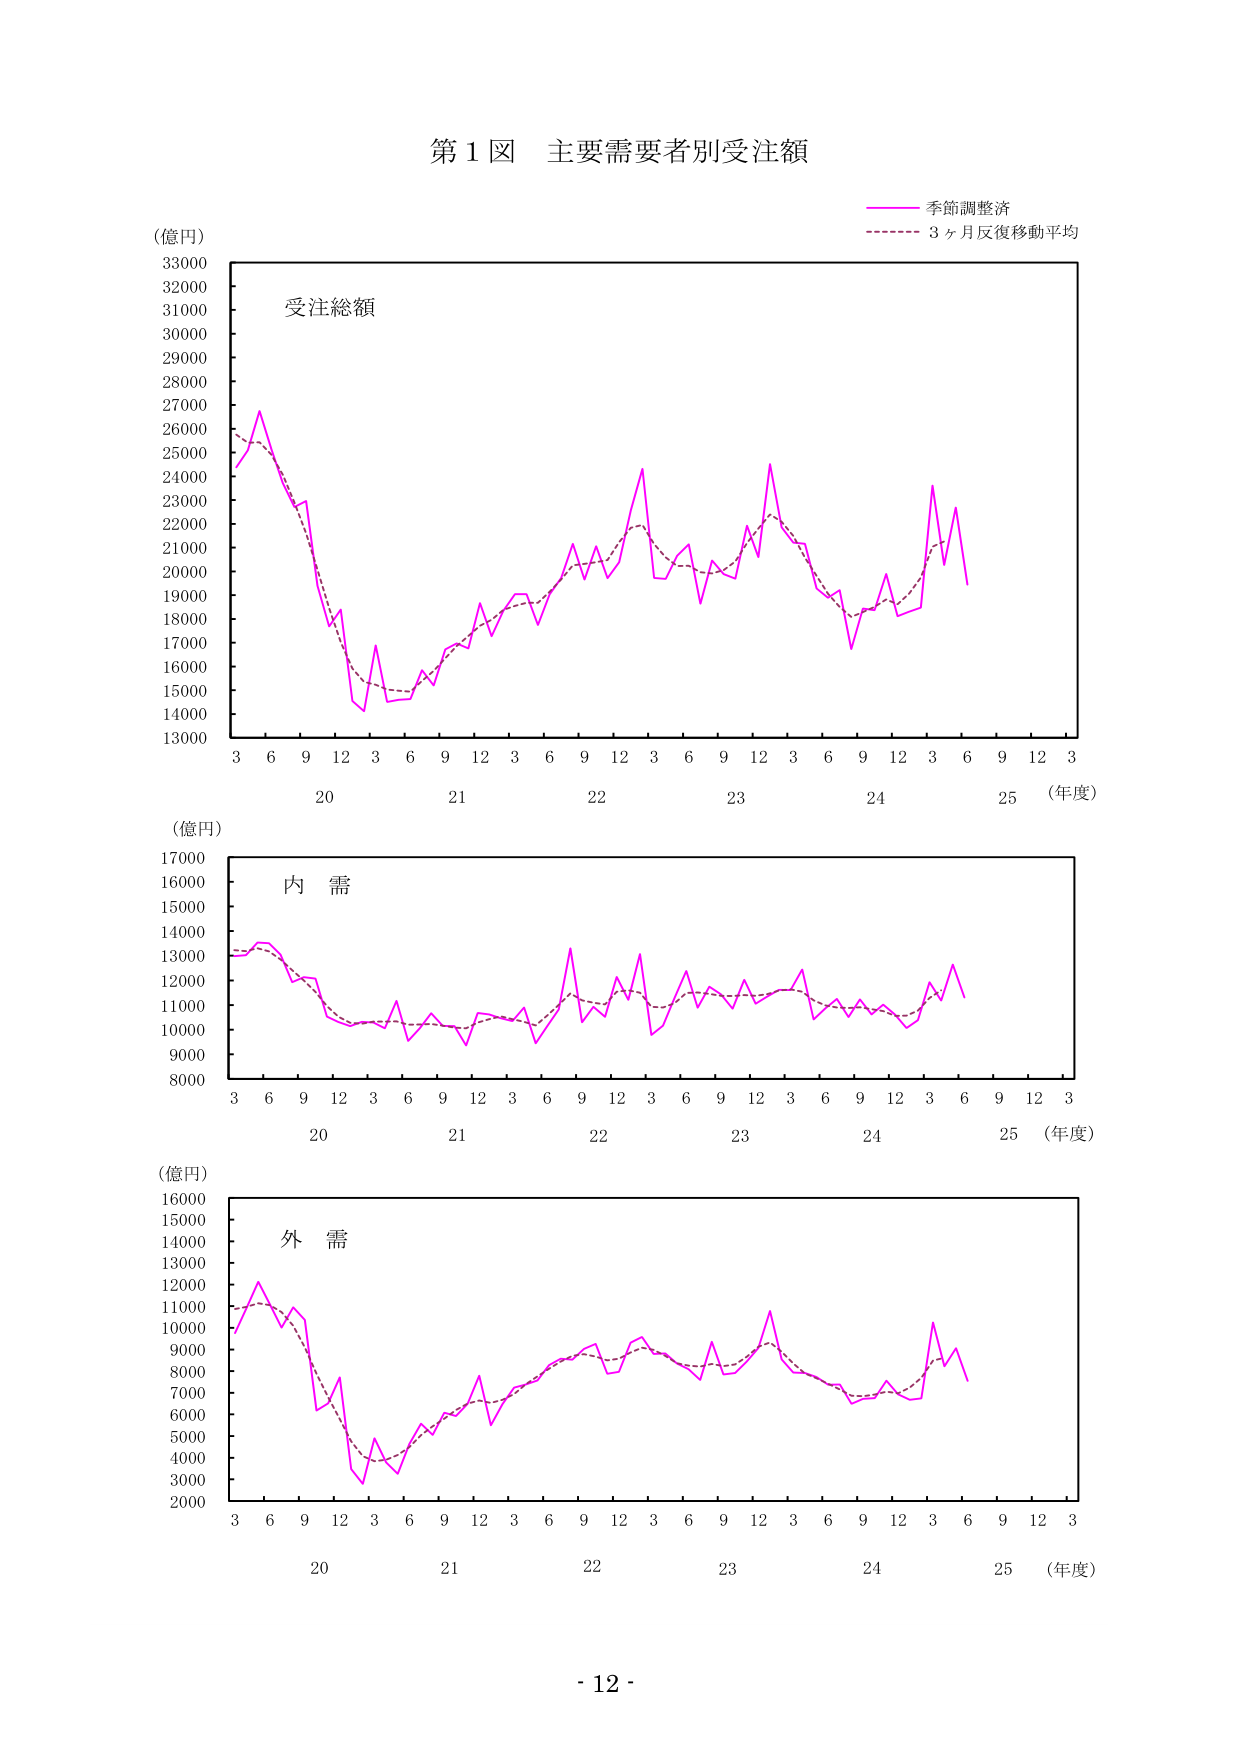
第1図 主要需要者別受注額

(億円)
33000
32000
31000
30000
29000
28000
27000
26000
25000
24000
23000
22000
21000
20000
19000
18000
17000
16000
15000
14000
13000

受注総額

季節調整済
3ヶ月反復移動平均

3 6 9 12 3 6 9 12 3 6 9 12 3 6 9 12 3 6 9 12 3
20 21 22 23 24 25 (年度)

(億円)
17000
16000
15000
14000
13000
12000
11000
10000
9000
8000

内 需

3 6 9 12 3 6 9 12 3 6 9 12 3 6 9 12 3 6 9 12 3
20 21 22 23 24 25 (年度)

(億円)
16000
15000
14000
13000
12000
11000
10000
9000
8000
7000
6000
5000
4000
3000
2000

外 需

3 6 9 12 3 6 9 12 3 6 9 12 3 6 9 12 3 6 9 12 3
20 21 22 23 24 25 (年度)

- 12 -